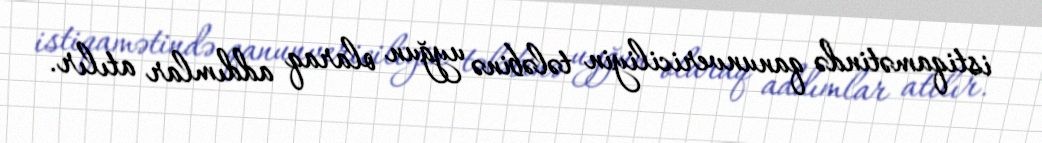
istiqamətində qanunvericiliyin tələbinə uyğun olaraq addımlar atılır.